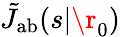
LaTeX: \tilde{J}_{\mathrm{{ab}}}(s|\r_{0})